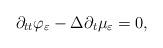
LaTeX: \begin{align*} \partial_{tt} \varphi_{\varepsilon} - \Delta \partial_t \mu_{\varepsilon} = 0 ,\end{align*}